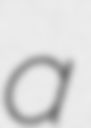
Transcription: a